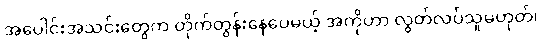
အပေါင်းအသင်းတွေက တိုက်တွန်းနေပေမယ့် အကိုဟာ လွတ်လပ်သူမဟုတ်၊